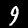
Digit: 9